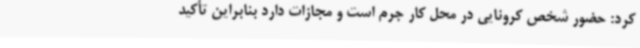
کرد: حضور شخص کرونایی در محل کار جرم است و مجازات دارد بنابراین تأکید